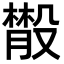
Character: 𣫄